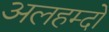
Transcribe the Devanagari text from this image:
अलहम्दो